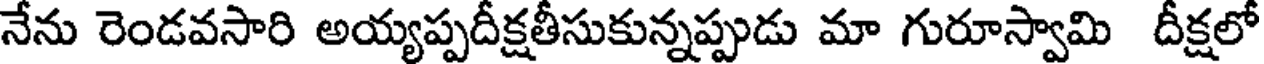
నేను రెండవసారి అయ్యప్పదీక్షతీసుకున్నప్పుడు మా గురూస్వామి దీక్షలో